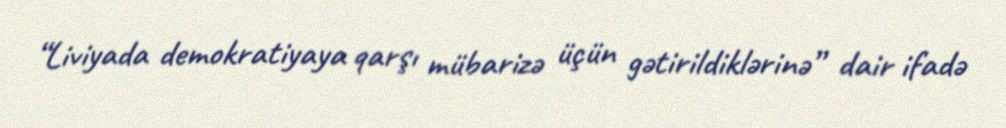
“Liviyada demokratiyaya qarşı mübarizə üçün gətirildiklərinə” dair ifadə